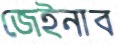
জেইনাব